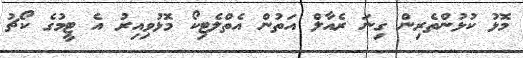
މޮޅު ކުޅުންތެރިން ގިނަ ރެއާލް އަތުން އެތްލެޓިކޯ މޮޅުވިއިރު އެ ޓީމުގެ ކޯޗު